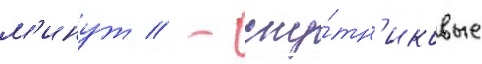
м'инут // - спу́тн'иковые